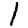
Digit: 1